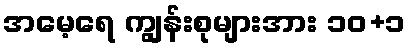
အမေ့ရေ ကျွန်းစုများအား ၁၀+၁